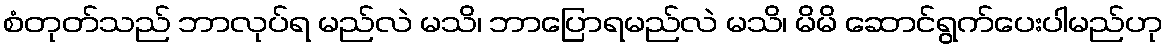
စံတုတ်သည် ဘာလုပ်ရ မည်လဲ မသိ၊ ဘာပြောရမည်လဲ မသိ၊ မိမိ ဆောင်ရွက်ပေးပါမည်ဟု